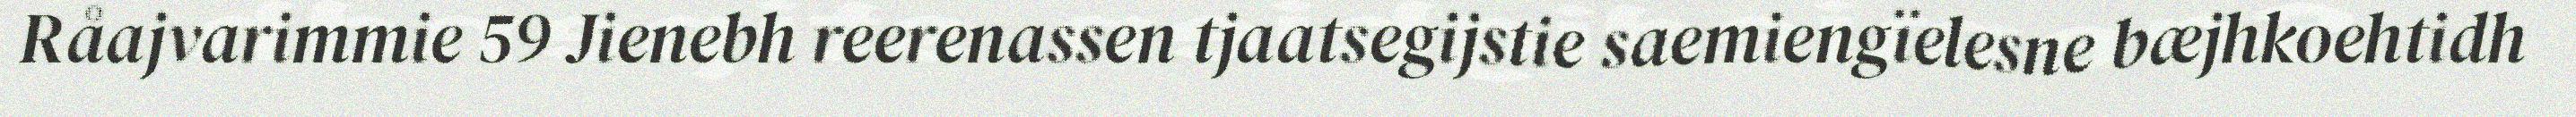
Råajvarimmie 59 Jienebh reerenassen tjaatsegijstie saemiengïelesne bæjhkoehtidh